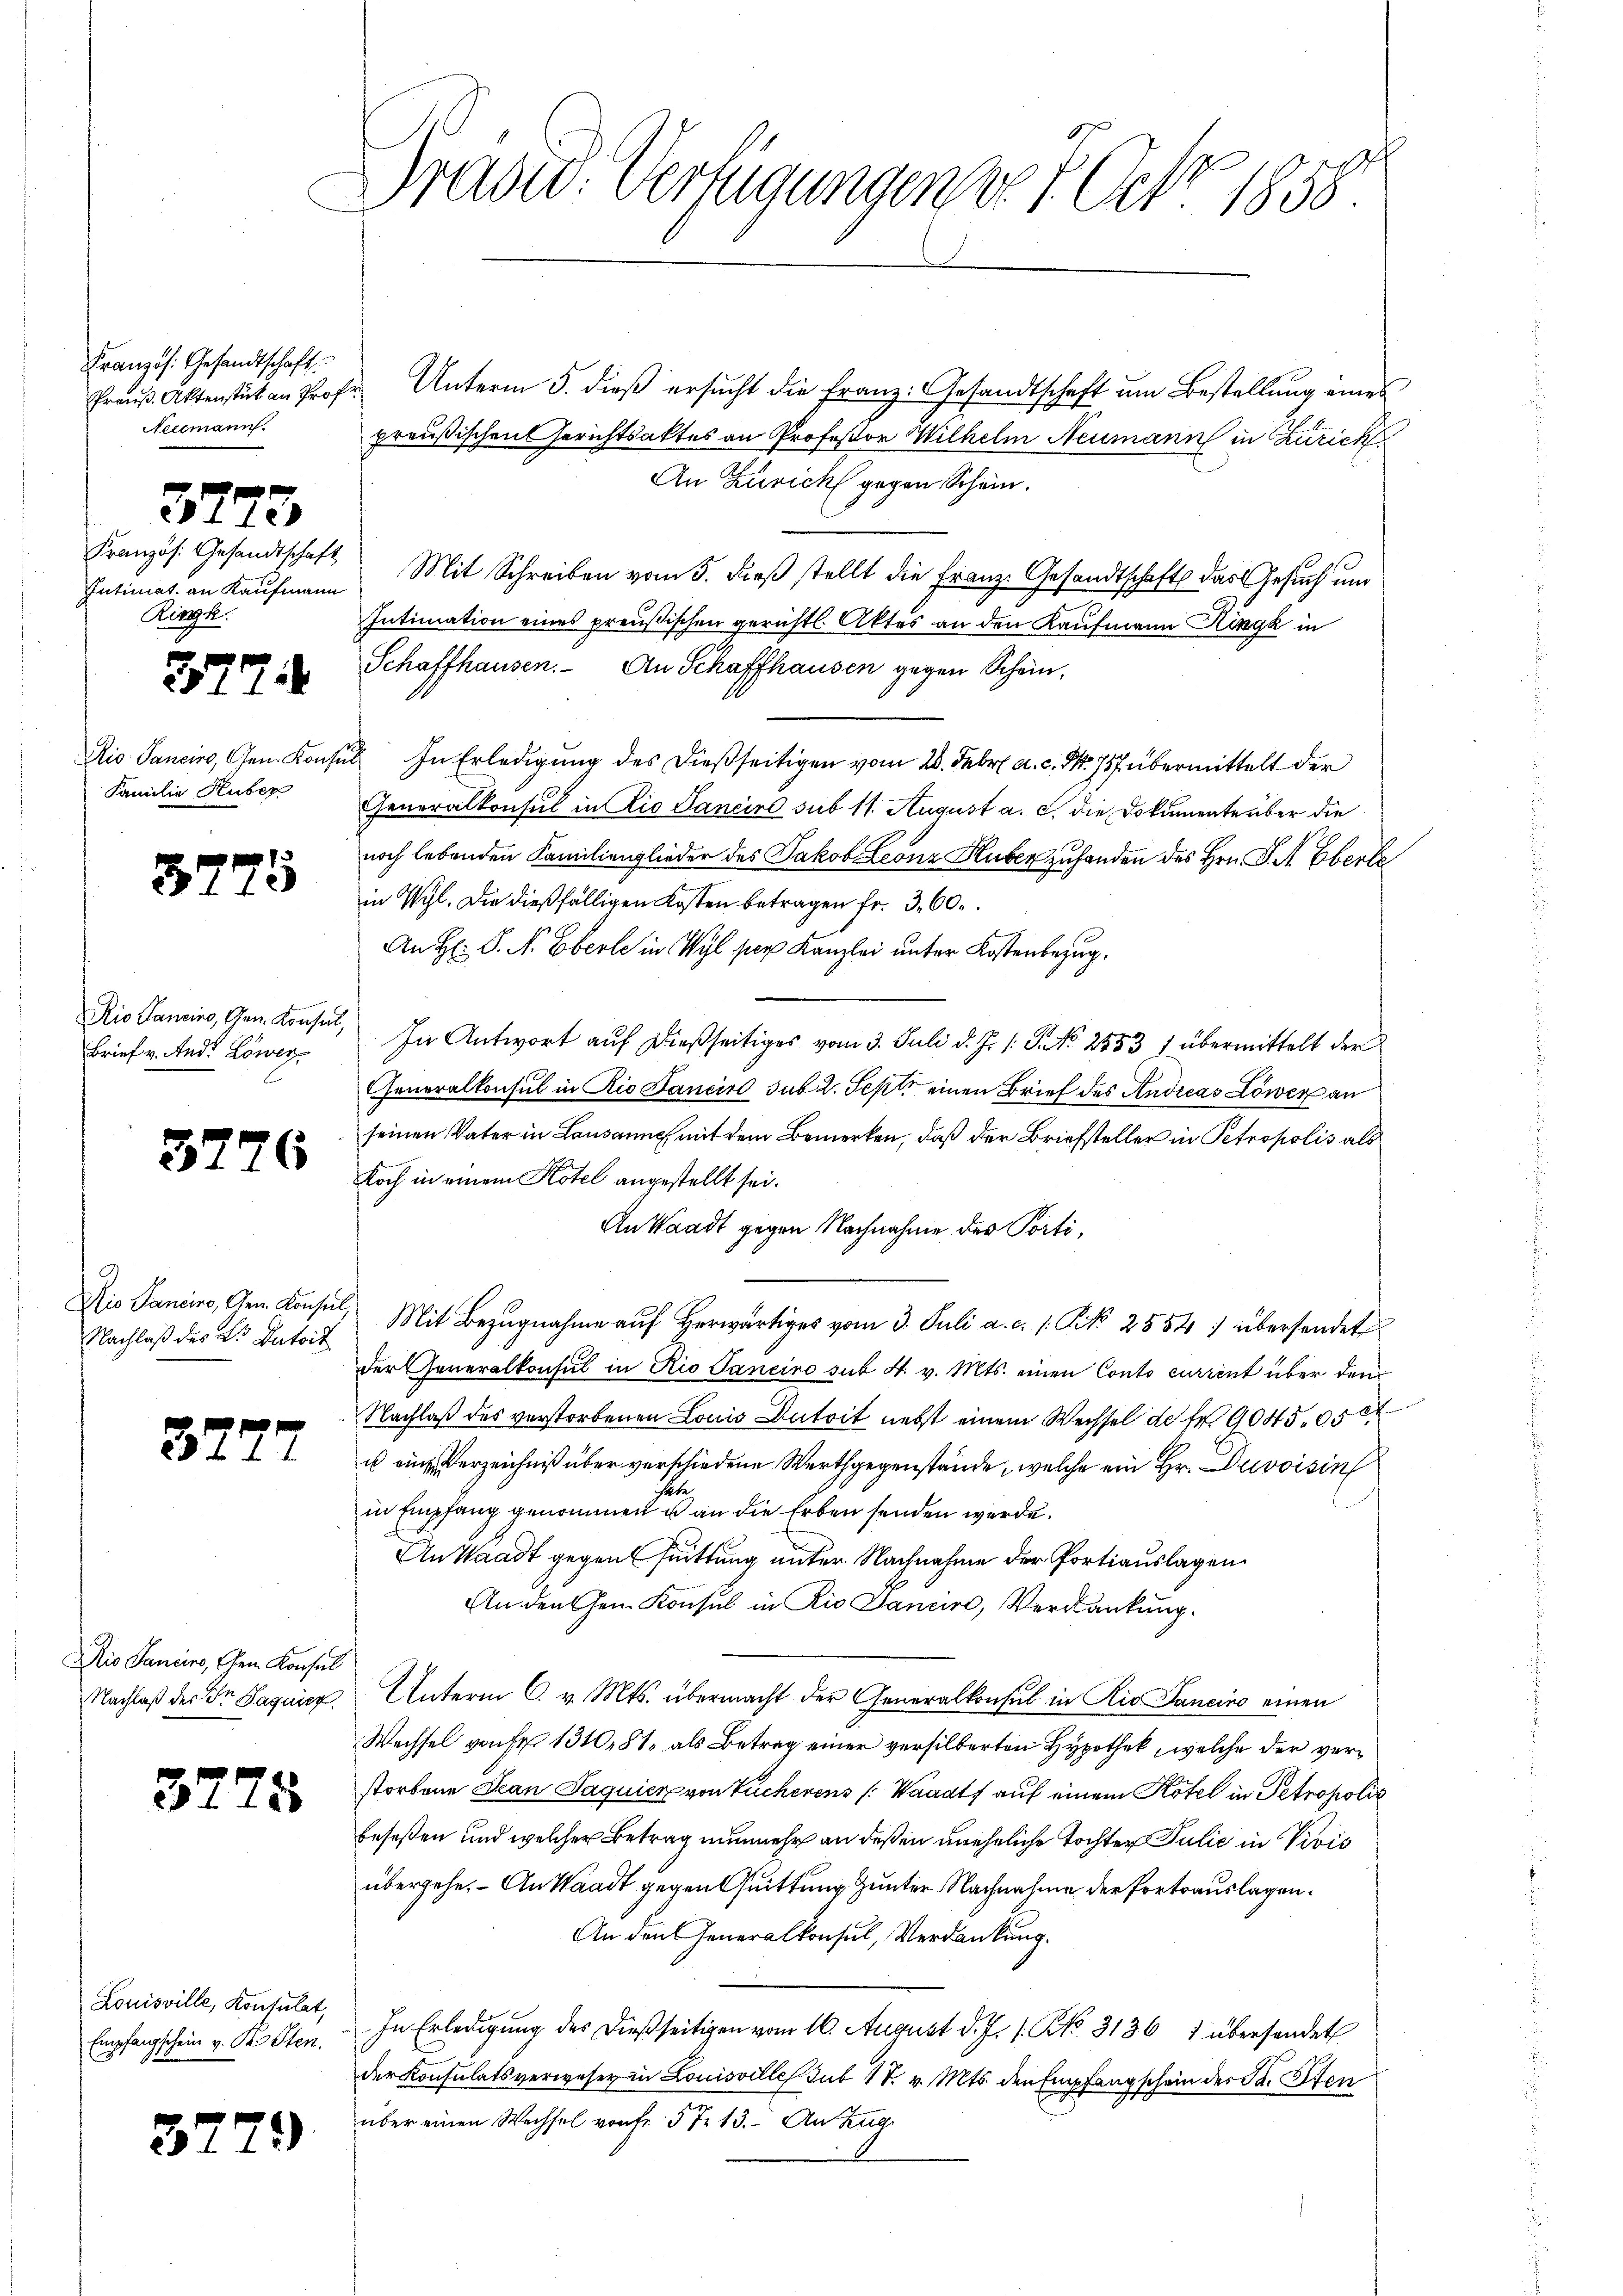
Französ. Gesandtschaft.
Neelmann.

3773

Intimat an Kaufmann
Ringk.
3774
Familie Huber

f
5773

Brief v. And. Löwer

3776

Nachlaß des Dr. Dutoit

3277

io Sancire, 2ten Konsul

3275

Louisville, Konsulat,
Empfangschein v. Pr. Sten.

3279

Präsid. Verfügungen v. 7. Oct. 1858.

fraŭ Aktenstück an Prof. Unterm 5. dieβ ersŭcht die Franz: Gesandtschaft um Bestellung eines
preußischen Gerichtsaktes an Professor Wilhelm Neumann in Zürich
An Zürich gegen Schein.
Französ. Gesandtschaft Mit Schreiben vom 5. dieß stellt die Franz. Gesandtschafts das Gesuch und
Intimation eines preußischen gerichtl. Aktes an den Kaufmann Ringk in
Schaffhausen. An Schaffhausen gegen Schein,
Rio Sanciro, Gen. Konsul In Erledigung des dießseitigen vom 20. Febr. a. c. No. 757 übermittelt der
Generalkonsul in Rio Sancire sub 11. August a. c. die Dokumente über die
noch lebenden Familienglieder des Jakob Leonz Huber zu handen des Hrn. J. A. Eberle
in Wyl. Die dießfälligen Kosten betragen fr. 360.
An H: P. N. Eberle in Wyl per Kanzlei unter Kostenbezug.
Rio Sanein, Gem. Konsul, In Antwort aŭf dießseitiges vom 3. Juli d. J. 1. P. Nr. 2853 1 übermittelt der
Feneralkonsul in Rio Sancirt sub 2. Sept. einen Brief des Andreas Löwen an
seinen Vater in Lausanne mit dem Bemerken, daß der Briefsteller in Petropolis als
doch in einem Hotel angestellt sei.
An Waadt gegen Nachnahme des Porti¬
Dio Sancino, Gen. Konsul, Mit Bezugnahme auf herwärtiges vom 3. Juli a. c. l. N. 2554. übersendet
der Generalkonsul in Rio Saneiro sub 4. v. Mts. einen Conto current über dem
Nachlaß des verstorbenen Louis Antoit nebst einem Wechsel de fr. 9045,05 84
u eine Verzeichniß über verschiedene Werthgegenstände, welche ein Hr. Duvoisin
in Empfang genommen u an die Erben senden werde.
An Waadt gegensuittung unter Nachnahme der Portiauslagen
An den her Konsul in Rio Sancire, Verdankung.
Nachlaß der Dr. Saguier Unterm C. v. Mts. übermacht der Generalkonsul in Rio Sancino einen
Wechsel von Fr. 1310,81 als Betrag einer versilberten Hypothek, welche der verstorbene Jean Jaquier von Tucherens (Waadt auf einem Kotel in Petropolis
beseßen und welcher Betrag nunmehr an deßen uneheliche Tochter Julić in Vivis
übergehe. - An Waadt gegen Quittung unter Nachnahme der Portrauslagen.
An den Generalkonsul, Verdankung.
In Erledigung des dießseitigen vom 16. August d. J. 1. No. 3136 1 übersendet
der Konsulatsverweser in Louisville Sub 18. v. Mts. den Empfangschein der S. Iten
über einen Wechsel von fr. 57. 13. An Zug